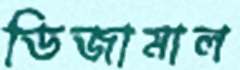
ডিজামাল